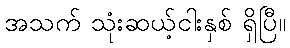
အသက် သုံးဆယ့်ငါးနှစ် ရှိပြီ။